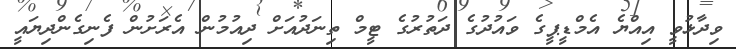
ވިދާޅުވީ އިއްޔެ އެމްޑީޕީގެ ވައުދުގެ ދަތުރުގެ ޓީމް ތިނަދުއަށް ދިއުމުން އެރަށުން ފެނިގެންދިޔައީ